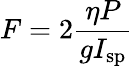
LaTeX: F=2{\frac{\eta P}{gI_{\mathrm{sp}}}}